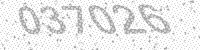
Solution: 037026